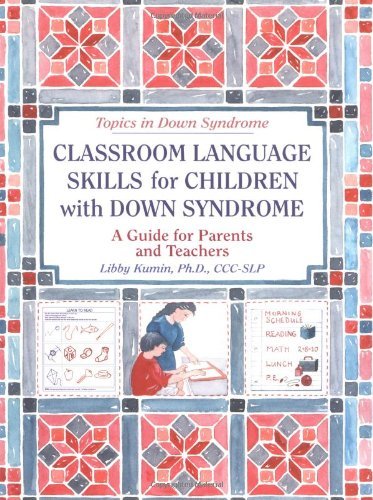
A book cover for Classroom Language Skills for Children with Down Syndrome: A Guide for Parents and Teachers (Topics in Down Syndrome) by Kumin Libby (2001-01-01) Paperback; Kumin Libby; Health, Fitness & Dieting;